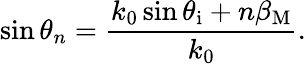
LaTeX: \sin\theta_{n}=\frac{k_{0}\sin\theta_{\mathrm{i}}+n\beta_{\mathrm{M}}}{k_{0}}.